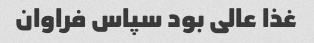
غذا عالی بود سپاس فراوان